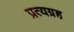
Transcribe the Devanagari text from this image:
प्रत्यग्रह